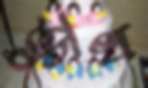
ক্রুধ